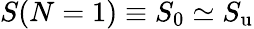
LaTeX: S(N=1)\equiv S_{\mathrm{0}}\simeq S_{\mathrm{u}}